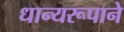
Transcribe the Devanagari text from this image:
धान्‍यरूपाने